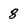
Character: 8